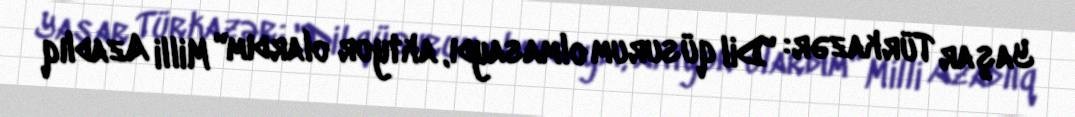
Yaşar Türkazər: "Dil qüsurum olmasaydı, aktyor olardım" Milli Azadlıq